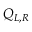
Q _ { L , R }